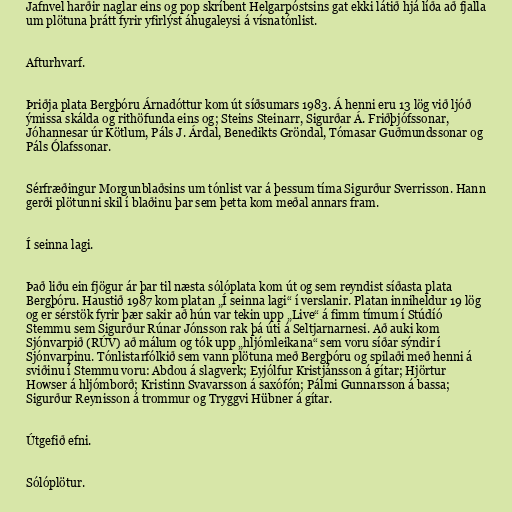
Jafnvel harðir naglar eins og pop skríbent Helgarpóstsins gat ekki látið hjá líða að fjalla
um plötuna þrátt fyrir yfirlýst áhugaleysi á vísnatónlist.

Afturhvarf.

Þriðja plata Bergþóru Árnadóttur kom út síðsumars 1983. Á henni eru 13 lög við ljóð
ýmissa skálda og rithöfunda eins og; Steins Steinarr, Sigurðar Á. Friðþjófssonar,
Jóhannesar úr Kötlum, Páls J. Árdal, Benedikts Gröndal, Tómasar Guðmundssonar og
Páls Ólafssonar.

Sérfræðingur Morgunblaðsins um tónlist var á þessum tíma Sigurður Sverrisson. Hann
gerði plötunni skil í blaðinu þar sem þetta kom meðal annars fram.

Í seinna lagi.

Það liðu ein fjögur ár þar til næsta sólóplata kom út og sem reyndist síðasta plata
Bergþóru. Haustið 1987 kom platan „Í seinna lagi“ í verslanir. Platan inniheldur 19 lög
og er sérstök fyrir þær sakir að hún var tekin upp „Live“ á fimm tímum í Stúdíó
Stemmu sem Sigurður Rúnar Jónsson rak þá úti á Seltjarnarnesi. Að auki kom
Sjónvarpið (RÚV) að málum og tók upp „hljómleikana“ sem voru síðar sýndir í
Sjónvarpinu. Tónlistarfólkið sem vann plötuna með Bergþóru og spilaði með henni á
sviðinu í Stemmu voru: Abdou á slagverk; Eyjólfur Kristjánsson á gítar; Hjörtur
Howser á hljómborð; Kristinn Svavarsson á saxófón; Pálmi Gunnarsson á bassa;
Sigurður Reynisson á trommur og Tryggvi Hübner á gítar.

Útgefið efni.

Sólóplötur.